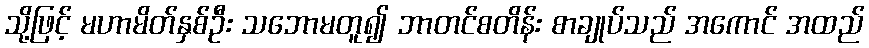
သို့ဖြင့် မဟာမိတ်နှစ်ဦး သဘောမတူ၍ ဘာတင်စတိန်း စာချုပ်သည် အကောင် အထည်